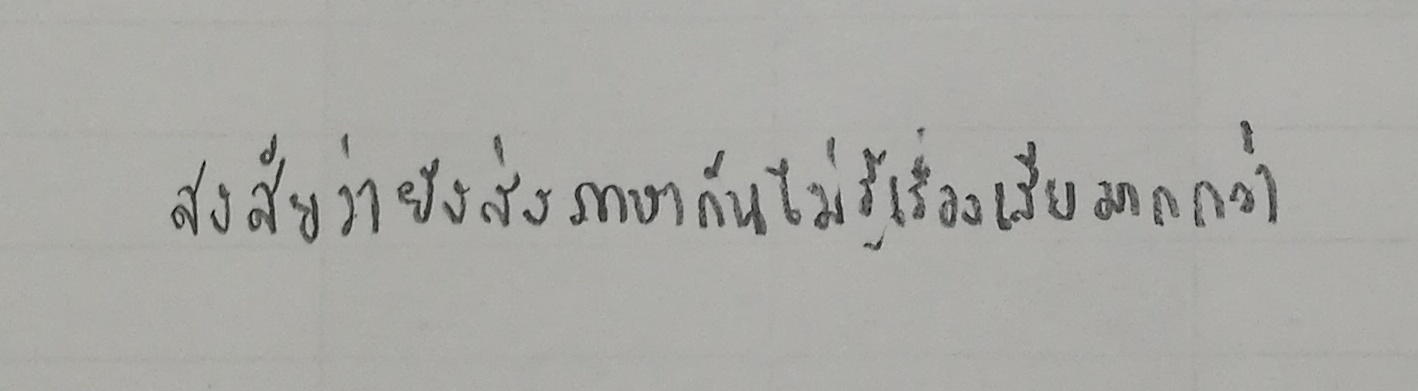
"สงสัยว่ายังส่งภาษากันไม่รู้เรื่องเสียมากกว่า"